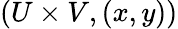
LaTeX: (U\times V,(x,y))